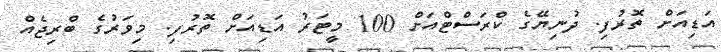
އަޑިއަށް ތޮރުފި. ދުނިޔޭގެ ކްރަސްޓްއަށް 100 މީޓަރު އަޑިއަށް ތޮރުފި. މިވަރުގެ ބްރިޖެއް